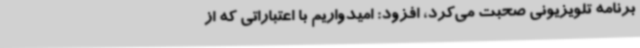
برنامه تلویزیونی صحبت می‌کرد، افزود: امیدواریم با اعتباراتی که از